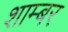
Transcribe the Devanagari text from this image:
शाम्बर